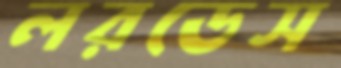
লরডেস